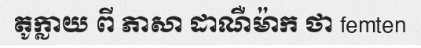
តូក្លាយ ពី ភាសា ដាណឺម៉ាក ថា femten